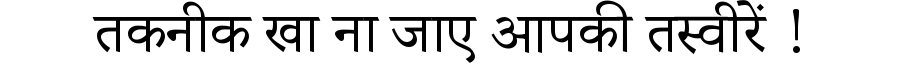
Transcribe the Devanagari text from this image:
तकनीक खा ना जाए आपकी तस्वीरें !